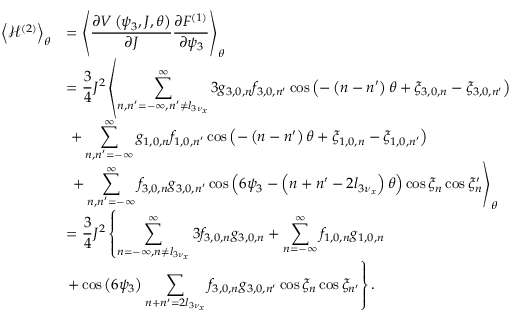
\begin{array} { c l } { \displaystyle \left< { \mathcal { H } ^ { \left( 2 \right) } } \right> _ { \theta } } & { = \displaystyle \left< { \frac { \partial V \left( \psi _ { 3 } , J , \theta \right) } { \partial J } \frac { \partial F ^ { ( 1 ) } } { \partial \psi _ { 3 } } } \right> _ { \theta } } \\ & { \displaystyle = \frac { 3 } { 4 } J ^ { 2 } \left< \sum _ { n , n ^ { \prime } = - \infty , n ^ { \prime } \neq l _ { 3 \nu _ { x } } } ^ { \infty } { 3 g _ { 3 , 0 , n } f _ { 3 , 0 , n ^ { \prime } } \cos \left( - \left( n - n ^ { \prime } \right) \theta + \xi _ { 3 , 0 , n } - \xi _ { 3 , 0 , n ^ { \prime } } \right) } \right. } \\ & { \displaystyle ~ + \sum _ { n , n ^ { \prime } = - \infty } ^ { \infty } { g _ { 1 , 0 , n } f _ { 1 , 0 , n ^ { \prime } } \cos \left( - \left( n - n ^ { \prime } \right) \theta + \xi _ { 1 , 0 , n } - \xi _ { 1 , 0 , n ^ { \prime } } \right) } } \\ & { \displaystyle ~ \left. + \sum _ { n , n ^ { \prime } = - \infty } ^ { \infty } { f _ { 3 , 0 , n } g _ { 3 , 0 , n ^ { \prime } } \cos { \left( 6 \psi _ { 3 } - \left( n + n ^ { \prime } - 2 l _ { 3 \nu _ { x } } \right) \theta \right) } \cos { \xi _ { n } } \cos { \xi _ { n } ^ { \prime } } } \right> _ { \theta } } \\ { \displaystyle } & { = \displaystyle \frac { 3 } { 4 } { J } ^ { 2 } \left\{ \sum _ { n = - \infty , n \neq l _ { 3 \nu _ { x } } } ^ { \infty } { 3 f _ { 3 , 0 , n } g _ { 3 , 0 , n } } + \sum _ { n = - \infty } ^ { \infty } { f _ { 1 , 0 , n } g _ { 1 , 0 , n } } \right. } \\ & { \displaystyle \left. + \cos { \left( 6 \psi _ { 3 } \right) } \sum _ { n + n ^ { \prime } = 2 l _ { 3 \nu _ { x } } } { f _ { 3 , 0 , n } g _ { 3 , 0 , n ^ { \prime } } \cos { \xi _ { n } } \cos { \xi _ { n ^ { \prime } } } } \right\} . } \end{array}